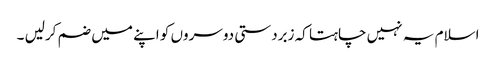
اسلام یہ نہیں چاہتا کہ زبردستی دوسروں کو اپنے میں ضم کرلیں ۔